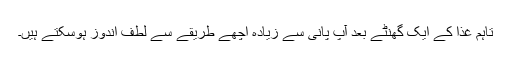
تاہم غذا کے ایک گھنٹے بعد آپ پانی سے زیادہ اچھے طریقے سے لطف اندوز ہوسکتے ہیں۔